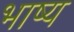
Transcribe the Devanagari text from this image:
भाष्‍य